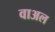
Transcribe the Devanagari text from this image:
वाअल